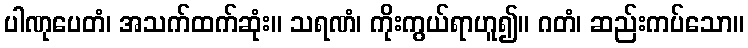
ပါဏုပေတံ၊ အသက်ထက်ဆုံး။ သရဏံ၊ ကိုးကွယ်ရာဟူ၍။ ဂတံ၊ ဆည်းကပ်သော။